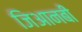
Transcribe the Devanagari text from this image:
जिआनबी